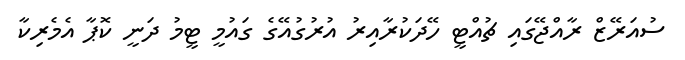
ސުއަރޭޒް ރާއްޖޭގައި ޗުއްޓީ ހޭދަކުރާއިރު އުރުގުއޭގެ ގައުމީ ޓީމު ދަނީ ކޮޕާ އެމެރިކާ